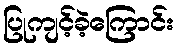
ပြုကျင့်ခဲ့ကြောင်း